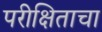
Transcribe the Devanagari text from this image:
परीक्षिताचा